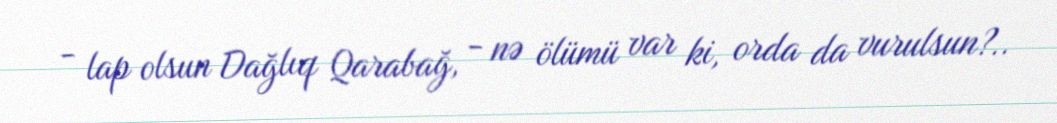
- lap olsun Dağlıq Qarabağ, - nə ölümü var ki, orda da vurulsun?..